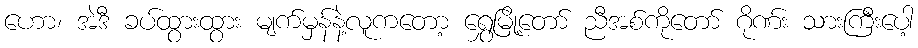
ဟော၊ အဲဒီ ခပ်ထွားထွား မျက်မှန်နဲ့လူကတော့ ရွှေမြို့တော် ညီအစ်ကိုတော် ဂိုဏ်း သားကြီးပေါ့